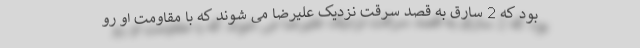
بود که 2 سارق به قصد سرقت نزدیک علیرضا می شوند که با مقاومت او رو